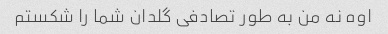
اوه نه من به طور تصادفی گلدان شما را شکستم